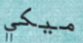
ميكي